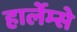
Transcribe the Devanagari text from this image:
हार्लेम्से